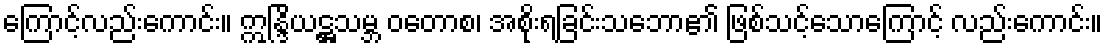
ကြောင့်လည်းကောင်း။ ဣန္ဒြိယဋ္ဌသမ္ဘ ဝတောစ၊ အစိုးရခြင်းသဘော၏ ဖြစ်သင့်သောကြောင့် လည်းကောင်း။